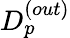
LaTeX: D_{p}^{(out)}